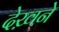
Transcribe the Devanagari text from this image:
देख़ने